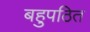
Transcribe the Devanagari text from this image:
बहुपठित